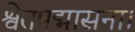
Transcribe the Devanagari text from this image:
श्वेतपद्मासना।